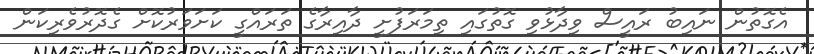
އެގޮތުން ނައިބު ރައީސް ވިދާޅުވި ގޮތުގައި ތިމަރަފުށީ ދާއިރާގެ ތަރައްގީ ކަށަވަރުކޮށް ގެދޮރުވެރިކަން